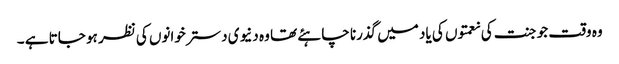
وہ وقت جو جنت کی نعمتوں کی یاد میں گذرنا چاہئے تھا وہ دنیوی دسترخوانوں کی نظر ہو جاتا ہے ۔